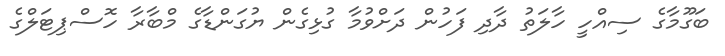
ބަގޫމާގެ ސިއްހީ ހާލަތު ދާދި ފަހުން ދަށްވުމާ ގުޅިގެން ޔުގަންޑާގެ މްބާރާ ހޮސްޕިޓަލްގެ